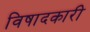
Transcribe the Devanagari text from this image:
विषादकारी